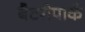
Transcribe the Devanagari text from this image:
बैटरीपार्क